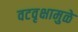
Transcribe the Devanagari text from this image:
वटवृक्षामुळे